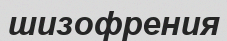
шизофрения